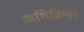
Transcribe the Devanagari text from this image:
अभिक्रियां